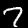
Label: 7